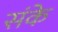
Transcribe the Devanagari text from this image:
संके